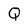
Character: Q